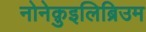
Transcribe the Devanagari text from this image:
नोनेक़ुइलिब्रिउम